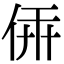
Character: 𠉔